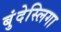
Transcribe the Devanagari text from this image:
बुंदेस्लिगा